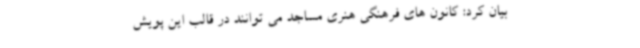
بیان کرد: کانون های فرهنگی هنری مساجد می توانند در قالب این پویش